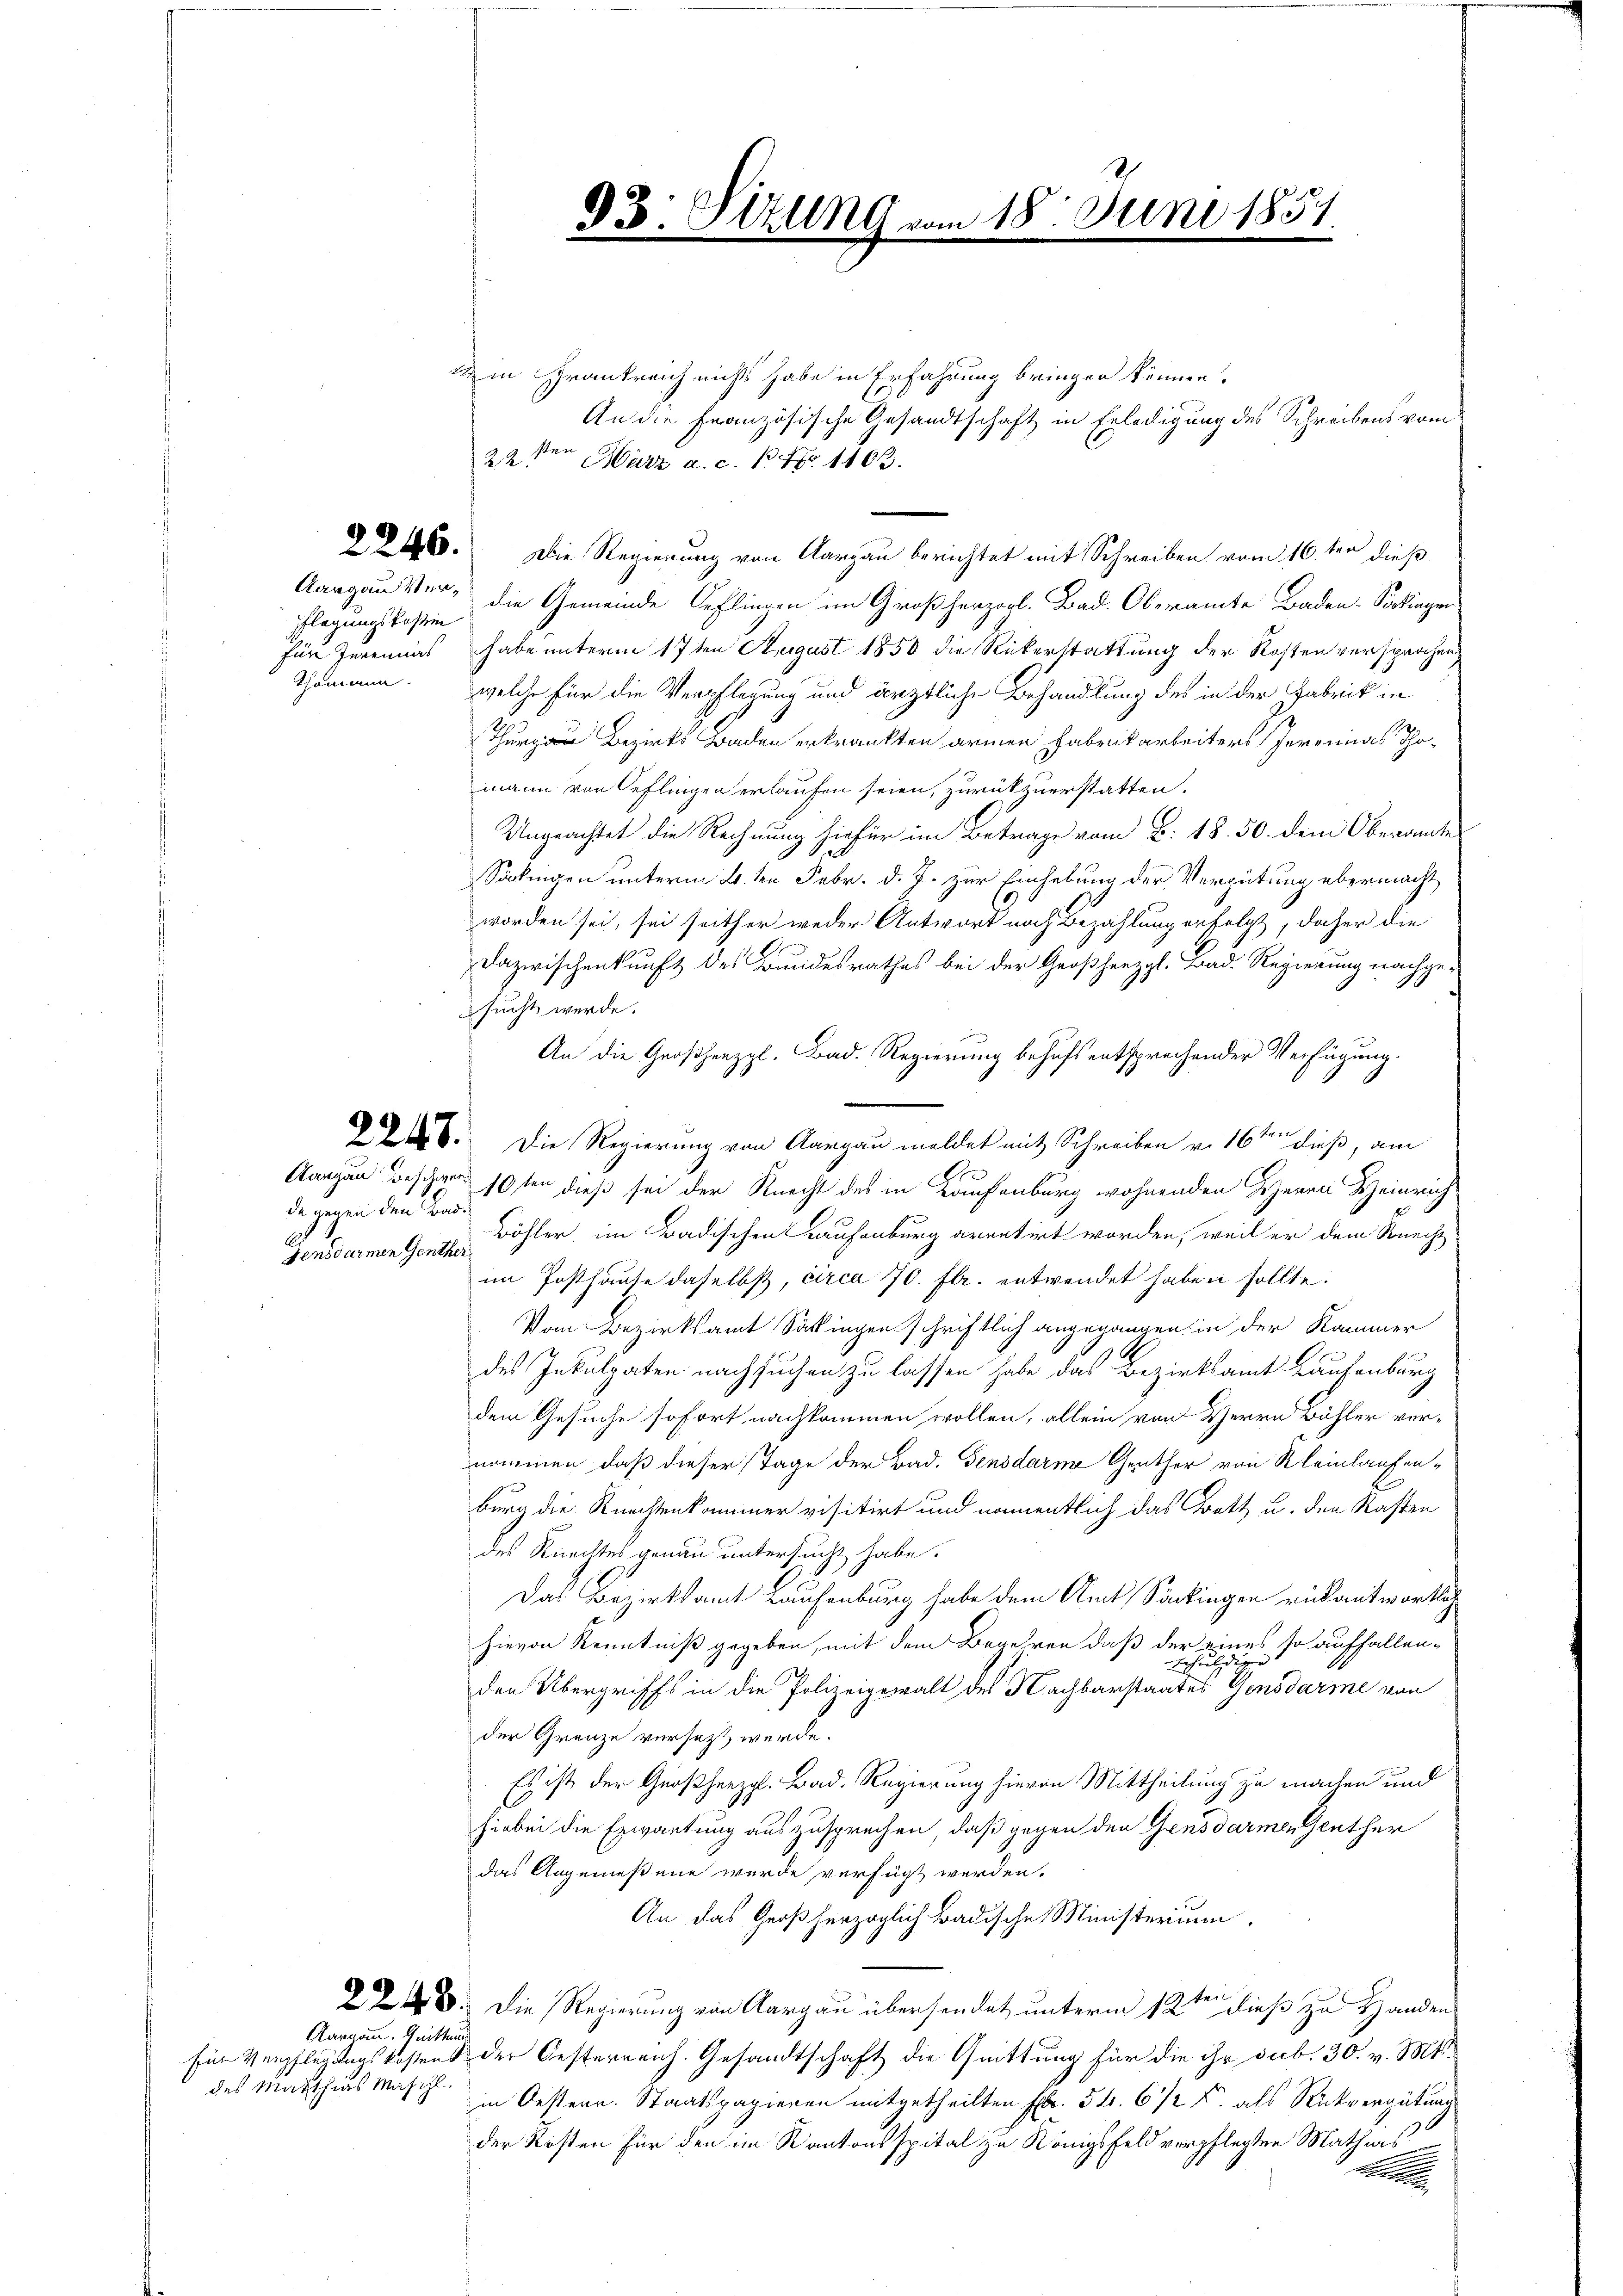
Aargau Ver¬
Pflegungskosten

da gegen den Bar¬

in Frankreich nichts habe in Erfahrung bringen können.
An die Französische Gesandtschaft in Erledigung des Schreibens vom
22sten März a. c. 1. No. 1102.
460. Die Regierung von Aargau berichtet mit Schreiben vom 16. ten dieß
die Gemeinde Oeflingen im Großherzogl. Bad. Oberamte Baden-Sarkingen
Für Jeremias habe unterm 17ten August 1850 die Rückerstattung der Kosten versprochen,
Thomann. welche für die Verpflegung und ärztliche Behandlung des in der Fabrik in
Thurgau Bezirks Baden erkrankten armen Fabrikarbeiters Jereinas Thomann von Geflingen erlaufen seien, zurückzuerstatten.
Ungeachtet die Rechnung hiefür im Betrage vom B: 18. 50. dem Oberamte
Sackingen unterm 2.ten Febr. d. J. zur Einhebung der Vergütung übermacht
worden sei, sei seither weder Antwort noch Bezahlung erfolgt, daher die
Dazwischenkunft des Bundesrathes bei der Großherzgl. Bad. Regierung nachgesucht werde.
An die Großherzgl. Bad. Regierung behufs entsprechender Verfügung.
76. Die Regierung von Aargau meldet mit Schreiben v. 16ten dieß, am
Aargau Beschon 10ten dieß sei der Knecht des in Laufenburg wohnenden Herrn Heinrich
Gensdarmengen Böhler, im Badischen Laufenburg arentirt worden, weil er dem Knechs-
im Posthause daselbst, circa 70. fl. entwendet haben sollte.
Vom Bezirksamt Säkingen schriftlich angegangen in der Kammer
des Inkulpaten nachsuchen zu lassen habe das Bezirksamt Laufenburg
dem Gesuche sofort nachkommen wollen, allein von Herrn Bühler ver-
nommen, daß dieser Tage der Bad. Gensdarer Genther von Kleinlaufenburg die Knechtenkommer visitirt und namentlich das Brett u. den Rasten
des Knechtes genau untersucht habe.
Das Bezirksamt Laufenburg habe dem Amt Sackingen rückantwortlich
hievon Kenntniß gegeben, mit dem Begehren daß der eines so auffallen-
ehuldigen
den Übergriffs in die Polizeigewalt des Nachbarstaates Gensdarme von
der Grenze versetzt werde.
Es ist der Großherzgl. Bad. Regierung hievon Mittheilung zu machen und
hiebei die Erwartung auszusprechen, daß gegen den Gensdarmen Genther
das Angemeßene wurde verfügt werden.
An das Großherzoglich Badische Ministerium
28: Die Regierung von Aargau übersendet unterm 12ten dieß zu Handen
für Verpflegungskostens der Oesterrenh. Gesandtschaft die Quittung für die ihr sub. 30. v. Mts.
in Oestern. Staatspapieren mitgetheilten Fr. 5 f. 6 1/2 F. als Rückvergütung
der Kosten für den im Kantonsspital zu Königsfeld verpflegten Mathias

Aargau. Quittun
des Marthias Maschl

93. Sitzung u.

n 18. Juni 1851